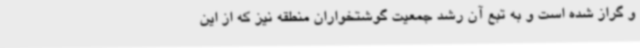
و گراز شده‌ است و به تبع آن رشد جمعیت گوشتخواران منطقه نیز که از این